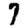
Digit: 7